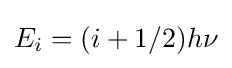
E_{i}=(i+1/2)h\nu